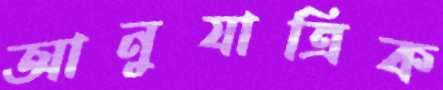
আনুযাত্রিক